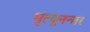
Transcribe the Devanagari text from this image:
मृत्युनन्तर